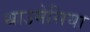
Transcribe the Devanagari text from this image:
थाउमेसिया